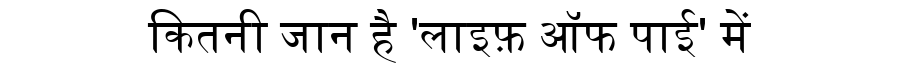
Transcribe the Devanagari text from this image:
कितनी जान है 'लाइफ़ ऑफ पाई' में